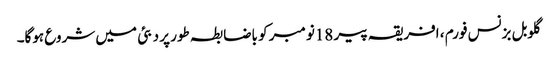
گلوبل بزنس فورم ، افریقہ پیر 18نومبر کو باضابطہ طور پر دبئی میں شروع ہوگا۔